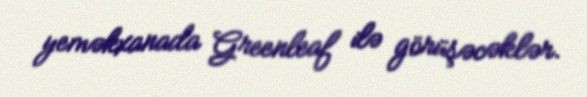
yeməkxanada Greenleaf ilə görüşəcəklər.